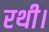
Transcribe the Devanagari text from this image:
रथी।